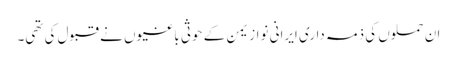
ان حملوں کی ذمہ داری ایرانی نواز یمن کے حوثی باغیوں نے قبول کی تھی۔